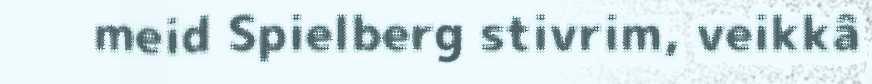
meid Spielberg stivrim, veikkâ